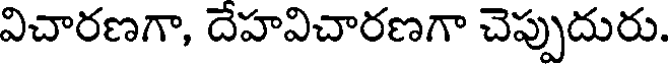
విచారణగా, దేహవిచారణగా చెప్పుదురు.